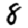
Digit: 8